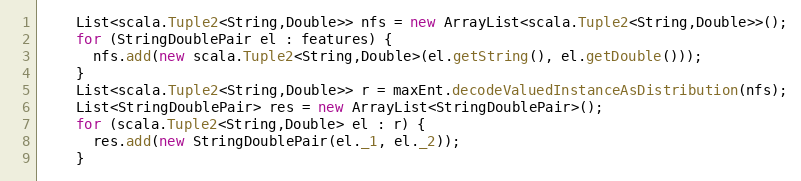
Language: Java
    List<scala.Tuple2<String,Double>> nfs = new ArrayList<scala.Tuple2<String,Double>>();
    for (StringDoublePair el : features) {
      nfs.add(new scala.Tuple2<String,Double>(el.getString(), el.getDouble()));
    }
    List<scala.Tuple2<String,Double>> r = maxEnt.decodeValuedInstanceAsDistribution(nfs);
    List<StringDoublePair> res = new ArrayList<StringDoublePair>();
    for (scala.Tuple2<String,Double> el : r) {
      res.add(new StringDoublePair(el._1, el._2));
    }